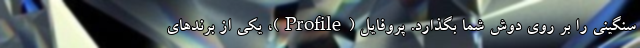
سنگینی را بر روی دوش شما بگذارد. پروفایل (Profile)، یکی از برندهای